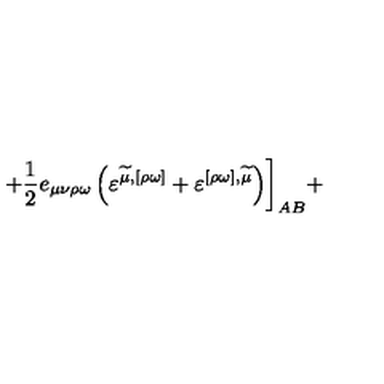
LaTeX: + \frac 1 2 e _ { \mu \nu \rho \omega } \left( \varepsilon ^ { \widetilde { \mu } , [ \rho \omega ] } + \varepsilon ^ { [ \rho \omega ] , \widetilde { \mu } } \right) \biggr ] _ { A B } +